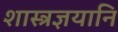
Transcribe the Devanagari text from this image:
शास्त्रज्ञयानि